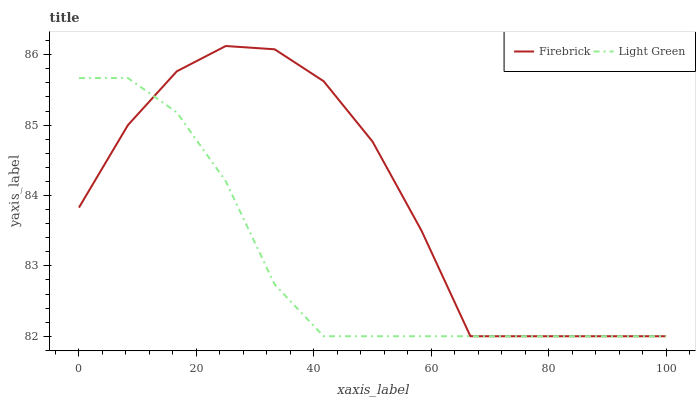
| xaxis_label | Firebrick | Light Green |
 | --- | --- | --- |
 | 0 | 83.8 | 85.7 |
 | 8.33 | 85 | 85.7 |
 | 16.7 | 85.8 | 85.2 |
 | 25 | 86.1 | 84.2 |
 | 33.3 | 86.1 | 82.7 |
 | 41.7 | 85.6 | 82 |
 | 50 | 84.8 | 82 |
 | 58.3 | 83.5 | 82 |
 | 66.7 | 82 | 82 |
 | 75 | 82 | 82 |
 | 83.3 | 82 | 82 |
 | 91.7 | 82 | 82 |
 | 100 | 82 | 82 |